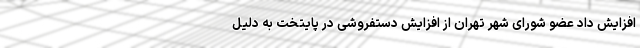
افزایش داد عضو شورای شهر تهران از افزایش دستفروشی در پایتخت به دلیل